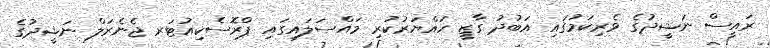
ރައީސް ނަޝީދުގެ ވެރިކަމުގައި އަބުދު ގާޒީ ހައްޔަރުކުރި މައްސަލައިގައި ޕްރޮސެކިއުޓަރ ޖެނެރަލް ނަޝީދުގެ